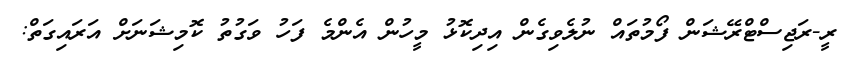
ރީ-ރަޖިސްޓްރޭޝަން ފޯމުތައް ނުލެވިގެން އިދިކޮޅު މީހުން އެންމެ ފަހު ވަގުތު ކޮމިޝަނަށް އަރައިގަތް: